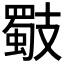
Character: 𢻧